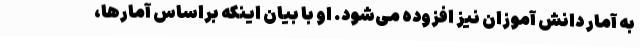
به آمار دانش آموزان نیز افزوده می‌شود. او با بیان اینکه براساس آمارها،